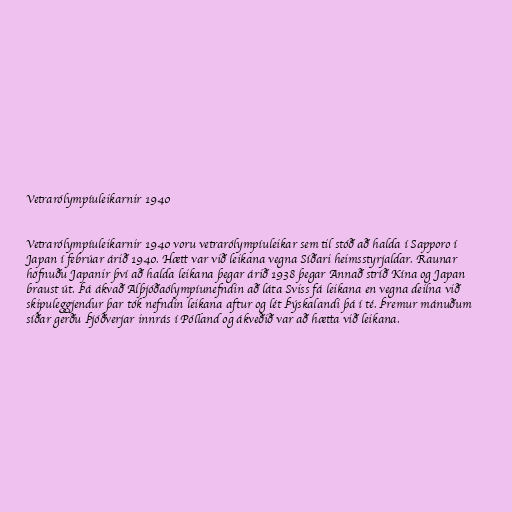
Vetrarólympíuleikarnir 1940

Vetrarólympíuleikarnir 1940 voru vetrarólympíuleikar sem til stóð að halda í Sapporo í
Japan í febrúar árið 1940. Hætt var við leikana vegna Síðari heimsstyrjaldar. Raunar
höfnuðu Japanir því að halda leikana þegar árið 1938 þegar Annað stríð Kína og Japan
braust út. Þá ákvað Alþjóðaólympíunefndin að láta Sviss fá leikana en vegna deilna við
skipuleggjendur þar tók nefndin leikana aftur og lét Þýskalandi þá í té. Þremur mánuðum
síðar gerðu Þjóðverjar innrás í Pólland og ákveðið var að hætta við leikana.